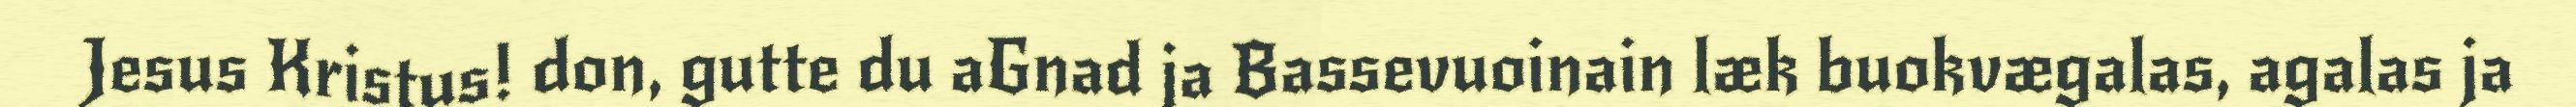
Jesus Kristus! don, gutte du aGnad ja Bassevuoinain læk buokvægalas, agalas ja